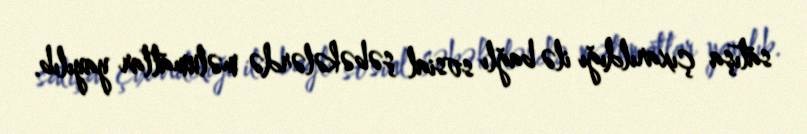
satışa çıxarıldığı ilə bağlı sosial şəbəkələrdə məlumatlar yayılıb.